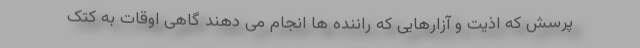
پرسش که اذیت و آزارهایی که راننده ها انجام می دهند گاهی اوقات به کتک